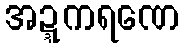
အဍ္ဍကရဏေ